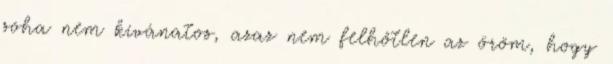
soha nem kívánatos, azaz nem felhőtlen az öröm, hogy